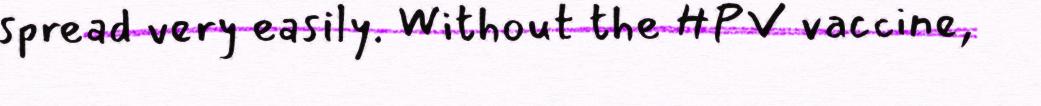
spread very easily. Without the HPV vaccine,